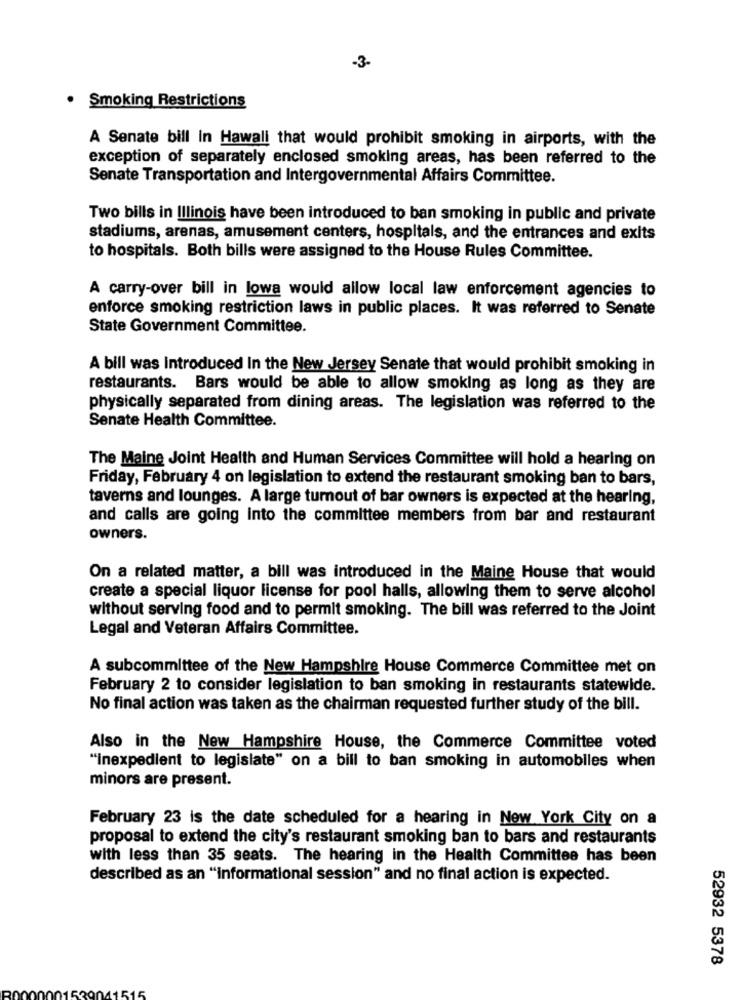
-3-
· Smoking Restrictions
A Senate bill In Hawall that would prohibit smoking in airports, with the
exception of separately enclosed smoking areas, has been referred to the
Senate Transportation and Intergovernmental Affairs Committee.
Two bills in Illinois have been introduced to ban smoking in public and private
stadiums, arenas, amusement centers, hospitals, and the entrances and exits
to hospitals. Both bills were assigned to the House Rules Committee.
A carry-over bill in lowa would allow local law enforcement agencies to
enforce smoking restriction laws in public places. It was referred to Senate
State Government Committee.
A bill was introduced In the New Jersey Senate that would prohibit smoking in
restaurants. Bars would be able to allow smoking as long as they are
physically separated from dining areas. The legislation was referred to the
Senate Health Committee.
The Maine Joint Health and Human Services Committee will hold a hearing on
Friday, February 4 on legislation to extend the restaurant smoking ban to bars,
taverns and lounges. A large tumout of bar owners is expected at the hearing,
and calls are going into the committee members from bar and restaurant
owners.
On a related matter, a bill was introduced in the Maine House that would
create a special liquor license for pool halls, allowing them to serve alcohol
without serving food and to permit smoking. The bill was referred to the Joint
Legal and Veteran Affairs Committee.
A subcommittee of the New Hampshire House Commerce Committee met on
February 2 to consider legislation to ban smoking in restaurants statewide.
No final action was taken as the chairman requested further study of the bill.
Also in the New Hampshire House, the Commerce Committee voted
"Inexpedient to legislate" on a bill to ban smoking in automobiles when
minors are present.
February 23 is the date scheduled for a hearing in New York City on a
proposal to extend the city's restaurant smoking ban to bars and restaurants
with less than 35 seats. The hearing in the Health Committee has been
described as an "informational session" and no final action is expected.
52932 5378